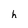
Character: h